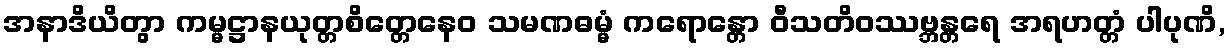
အနာဒိယိတွာ ကမ္မဋ္ဌာနယုတ္တစိတ္တေနေဝ သမဏဓမ္မံ ကရောန္တော ဝီသတိဝဿဗ္ဘန္တရေ အရဟတ္တံ ပါပုဏိ,